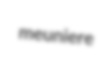
meuniere